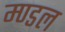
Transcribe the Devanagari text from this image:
म्ण्डल